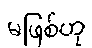
မဖြစ်ဟု